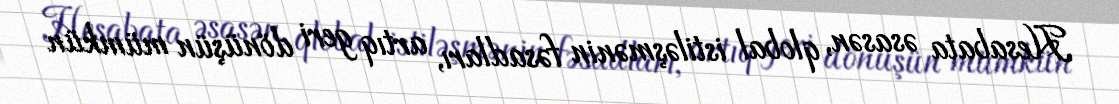
Hesabata əsasən, qlobal istiləşmənin fəsadları, artıq geri dönüşün mümkün